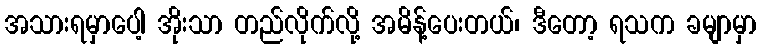
အသားရမှာပေါ့ အိုးသာ တည်လိုက်လို့ အမိန့်ပေးတယ်၊ ဒီတော့ ရသက ခမျာမှာ